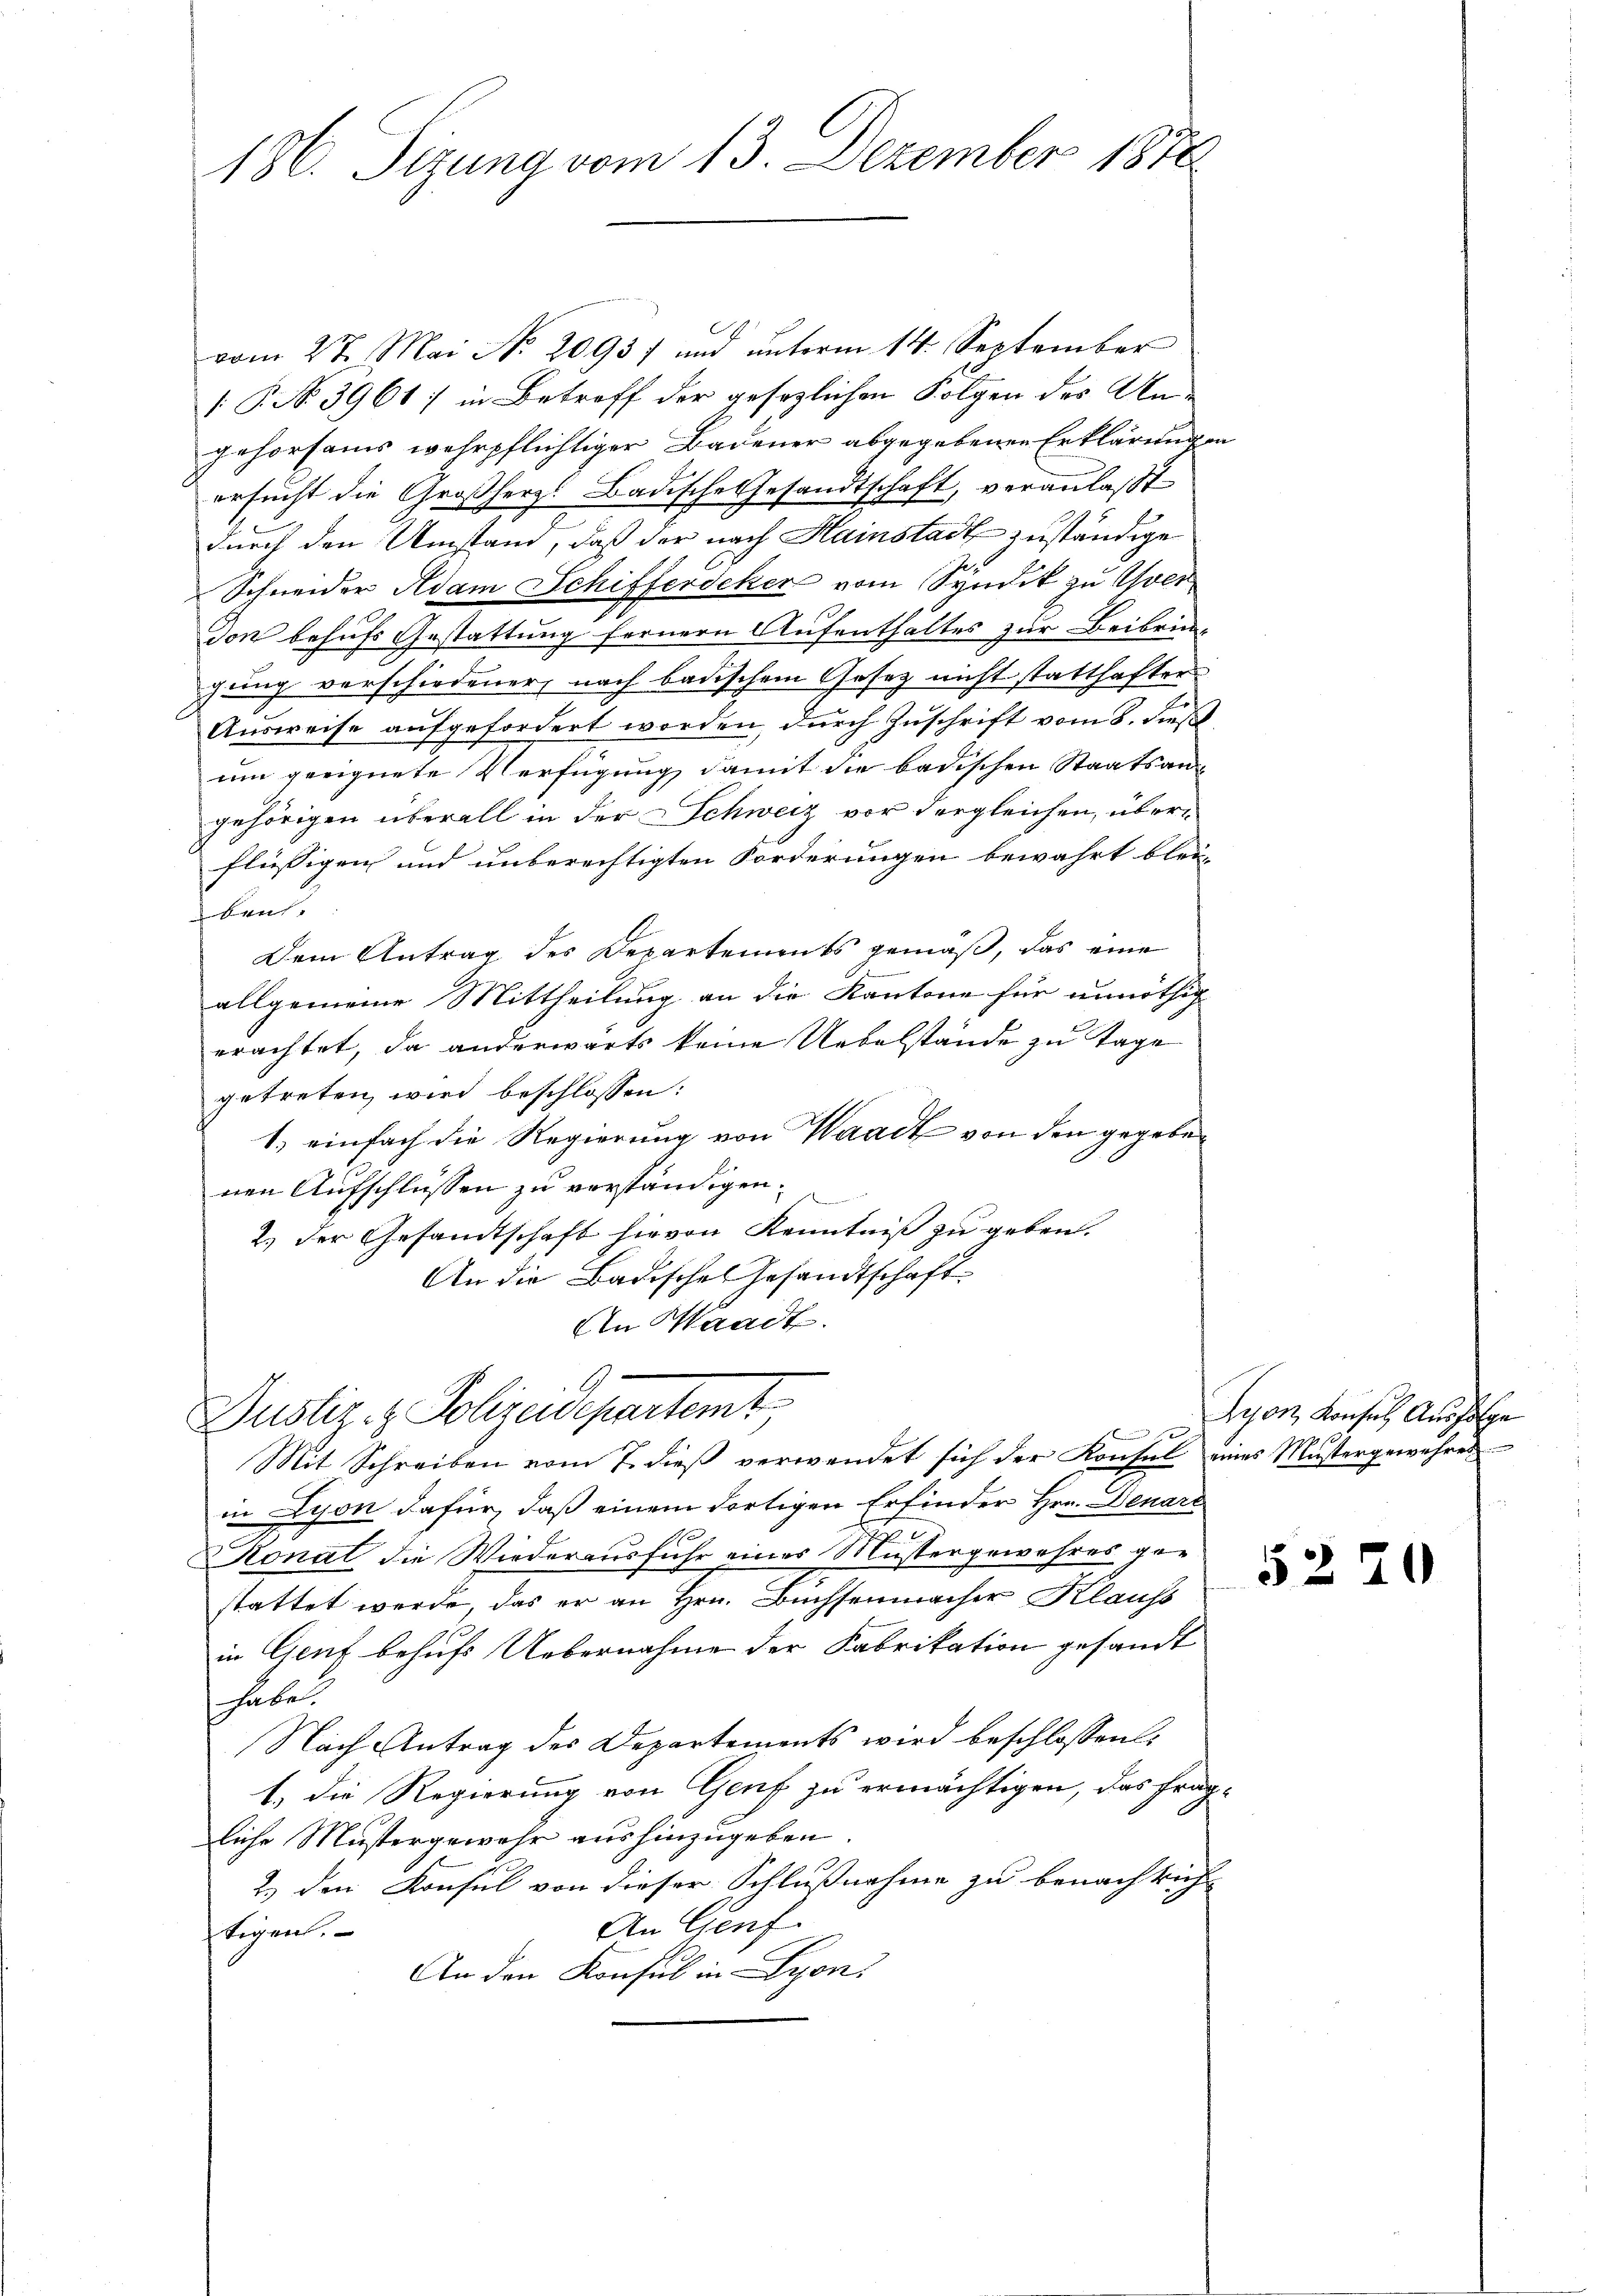
186. Sizung vom 13. Dezember 1876.

vom 27. Mai N. 20937 und unterm 14. September
 P. N. 3961] in Betreff der gesezlichen Folgen des Angehorsams wehrpflichtiger Badener abgegebenen Erklärungen
ersucht die Großherz! Badische Gesandtschaft, veranlaßt
durch den Umstand, daß der nach Hainstadt zuständige
Schneider Adam Schifferdeker vom Syndik zu ver
don behufs Gestattung fernern Aufenthältes zur Beibringung verschiedener, nach badischem Gesetz nicht statthafter
Ausweise aufgefordert worden, durch Zuschrift vom 8. dieß
um geeignete Verfügung damit die badischen Staatsan-
gehörigen überall in der Schweiz vor dergleichen, überflüssigen und unberechtigten Forderungen bewahrt blei-
baut.
Dem Antrag des Departements gemäß, das eine
allgemeine Mittheilung an die Kantone für unnöthig
erachtet, da anderwärts keine Uebelstände zu Tage
getreten wird beschlossen:
1) einfach die Regierung von Waadt von den gegeben
nen Aufschlüssen zu verständigen.
2.) Der Gesandtschaft hievon Kenntniß zu geben.
An die Badisches Gesandtschaft
An Waadt.
Justiz- & Polizeidepartamt
n
Mit Schreiben vom 7. dieβ verwendet sich der Konsul eines Mustergewehres
in Lyon dafür, daß einem dortigen Erfinder Hrn. Denare
.
Konal die Wiederausfuhr eines Mustergewehres gestattet werde, das er an Hrn. Buchsenmacher Klauss
in Genf behufs Uebernahme der Fabrikation gesandt
haben.
Nach Antrag des Departements wird beschlossen:
1.) Die Regierung von Genf zu ermächtigen, das frag-
liche Mustergewehr aushinzugeben
2.) den Konsul von dieser Schlußnahme zu benachrich-
An Genf.
tigen.
An den Konsul in Lyon,

Lyon, Konsul Ausfolge

52

¬